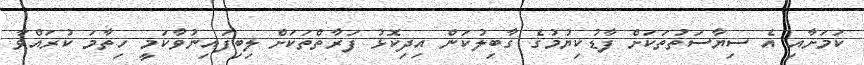
ކަމަށާއި އެ ސިޔާސަތުތަކަށް ފާޑުކިޔުމުގެ ގާބިލުކަން އިދިކޮޅު ފަރާތްތަކަށް ލިބިފައިނުވާކަމީ ހިތާމަ ކުރައްވާ